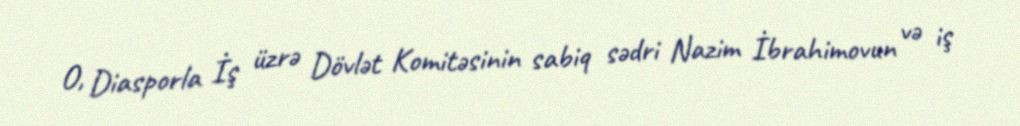
O, Diasporla İş üzrə Dövlət Komitəsinin sabiq sədri Nazim İbrahimovun və iş